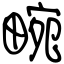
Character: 畹